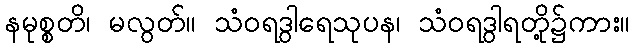
နမုစ္စတိ၊ မလွတ်။ သံဝရဒွါရေသုပန၊ သံဝရဒွါရတို့၌ကား။